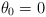
\begin{align*}\begin{aligned}\theta_0=0 \end{aligned}\end{align*}